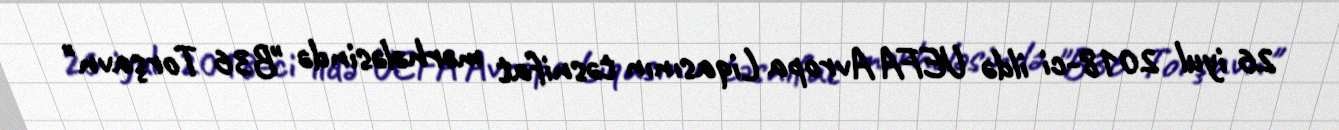
26 iyul 2018-ci ildə UEFA Avropa Liqasının təsnifat mərhələsində "B36 Torşavn"